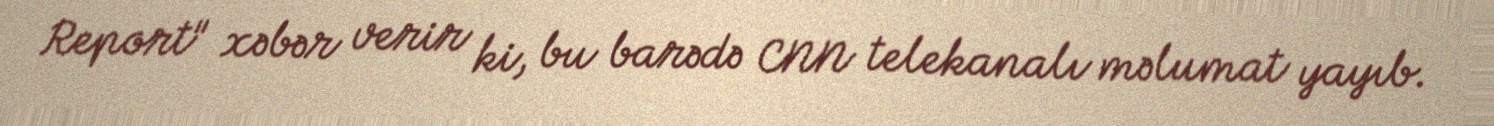
Report" xəbər verir ki, bu barədə CNN telekanalı məlumat yayıb.